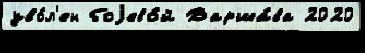
уво́л'ен боjево́й Варша́ва 2020